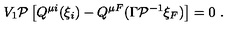
V _ { 1 } { \cal P } \left[ Q ^ { \mu i } ( \xi _ { i } ) - Q ^ { \mu F } ( \Gamma { \cal P } ^ { - 1 } \xi _ { F } ) \right] = 0 \ .